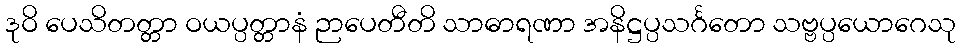
ဒုဝိ ပေသိတတ္တာ ဝယပ္ပတ္တာနံ ဉာပေတီတိ သာဓာရဏာ အနိဋ္ဌပ္ပသင်္ဂတော သဗ္ဗပ္ပယောဂေသု